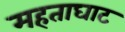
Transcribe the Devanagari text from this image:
महताघाट